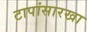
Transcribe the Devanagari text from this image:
टापांसारखा